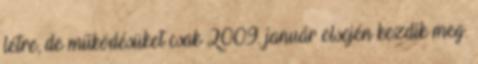
létre, de működésüket csak 2009. január elsején kezdik meg.